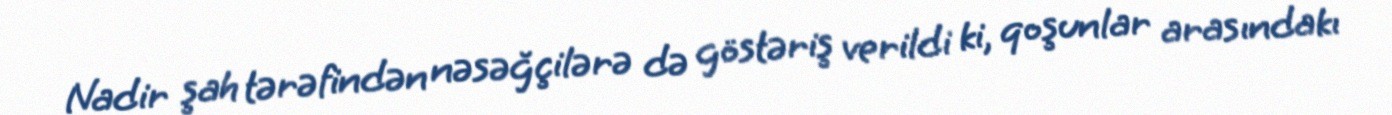
Nadir şah tərəfindən nəsəğçilərə də göstəriş verildi ki, qoşunlar arasındakı